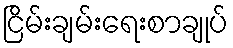
ငြိမ်းချမ်းရေးစာချုပ်